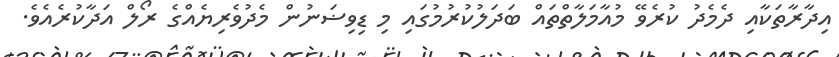
އިދާރާތަކާއި ދެމެދު ކުރެވޭ މުއާމަލާތްތައް ބަދަލުކުރުމުގައި މި ޑިވިޟަނުން މެދުވެރިޔެއްގެ ރޯލް އަދާކުރެއެވެ.